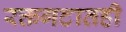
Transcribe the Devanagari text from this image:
रक्तगटातही